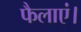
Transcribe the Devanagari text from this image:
फैलाएं।